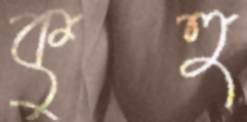
কুহু